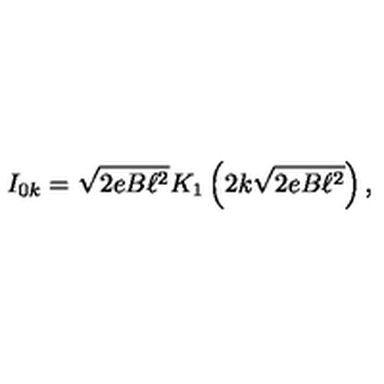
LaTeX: I _ { 0 k } = \sqrt { 2 e B \ell ^ { 2 } } K _ { 1 } \left( 2 k \sqrt { 2 e B \ell ^ { 2 } } \right) ,